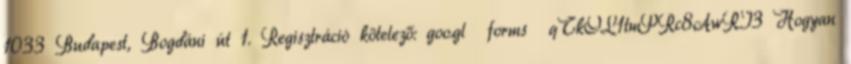
1033 Budapest, Bogdáni út 1. Regisztráció kötelező: goo.gl forms qTkOL1tmPRc8AwRI3 Hogyan